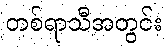
တစ်ရာသီအတွင်း